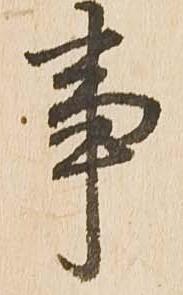
事